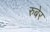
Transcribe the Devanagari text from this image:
रुबेर